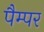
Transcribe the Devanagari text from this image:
पैम्पर